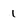
Character: 1